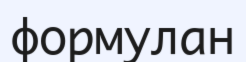
формулан